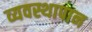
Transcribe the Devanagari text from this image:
व्यवस्थापान